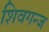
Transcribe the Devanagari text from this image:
शिवगन्ज